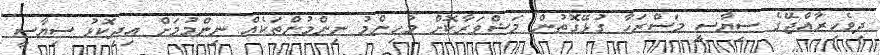
ދިވެހިރާއްޖޭގެ ސިޔާސީ މަސްރަހާ ގުޅޭގޮތުން މަޝްވަރާކޮށް މުހިންމު ނިންމުންތަކެއް ނިންމުމަށް އިދިކޮޅު ސިޔާސީ